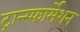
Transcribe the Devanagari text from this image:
ट्रान्स्फार्मेशन